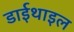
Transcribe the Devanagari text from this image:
डाईथाइल